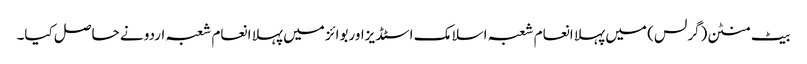
بیٹ منٹن(گرلس) میں پہلا انعام شعبہ اسلامک اسٹڈیزاوربوائز میں پہلا انعام شعبہ اردو نے حاصل کیا۔